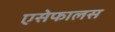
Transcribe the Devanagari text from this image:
एसेफालस